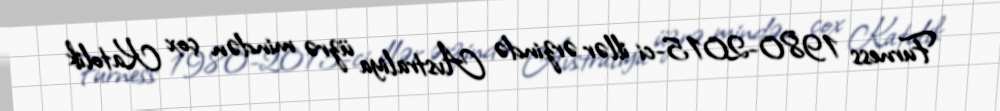
Furness 1980-2015-ci illər ərzində Avstraliya üzrə mindən çox Katolik